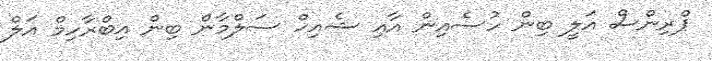
ޕްރިންސް އަލީ ބިން ހުސެއިން އާއި ޝެއިޚް ސަލްމާން ބިން އިބްރާހިމް އަލް